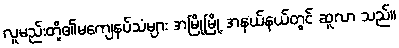
လူမည်းတို့၏မကျေနပ်သံများ အမြို့မြို့ အနယ်နယ်တွင် ဆူလာ သည်။